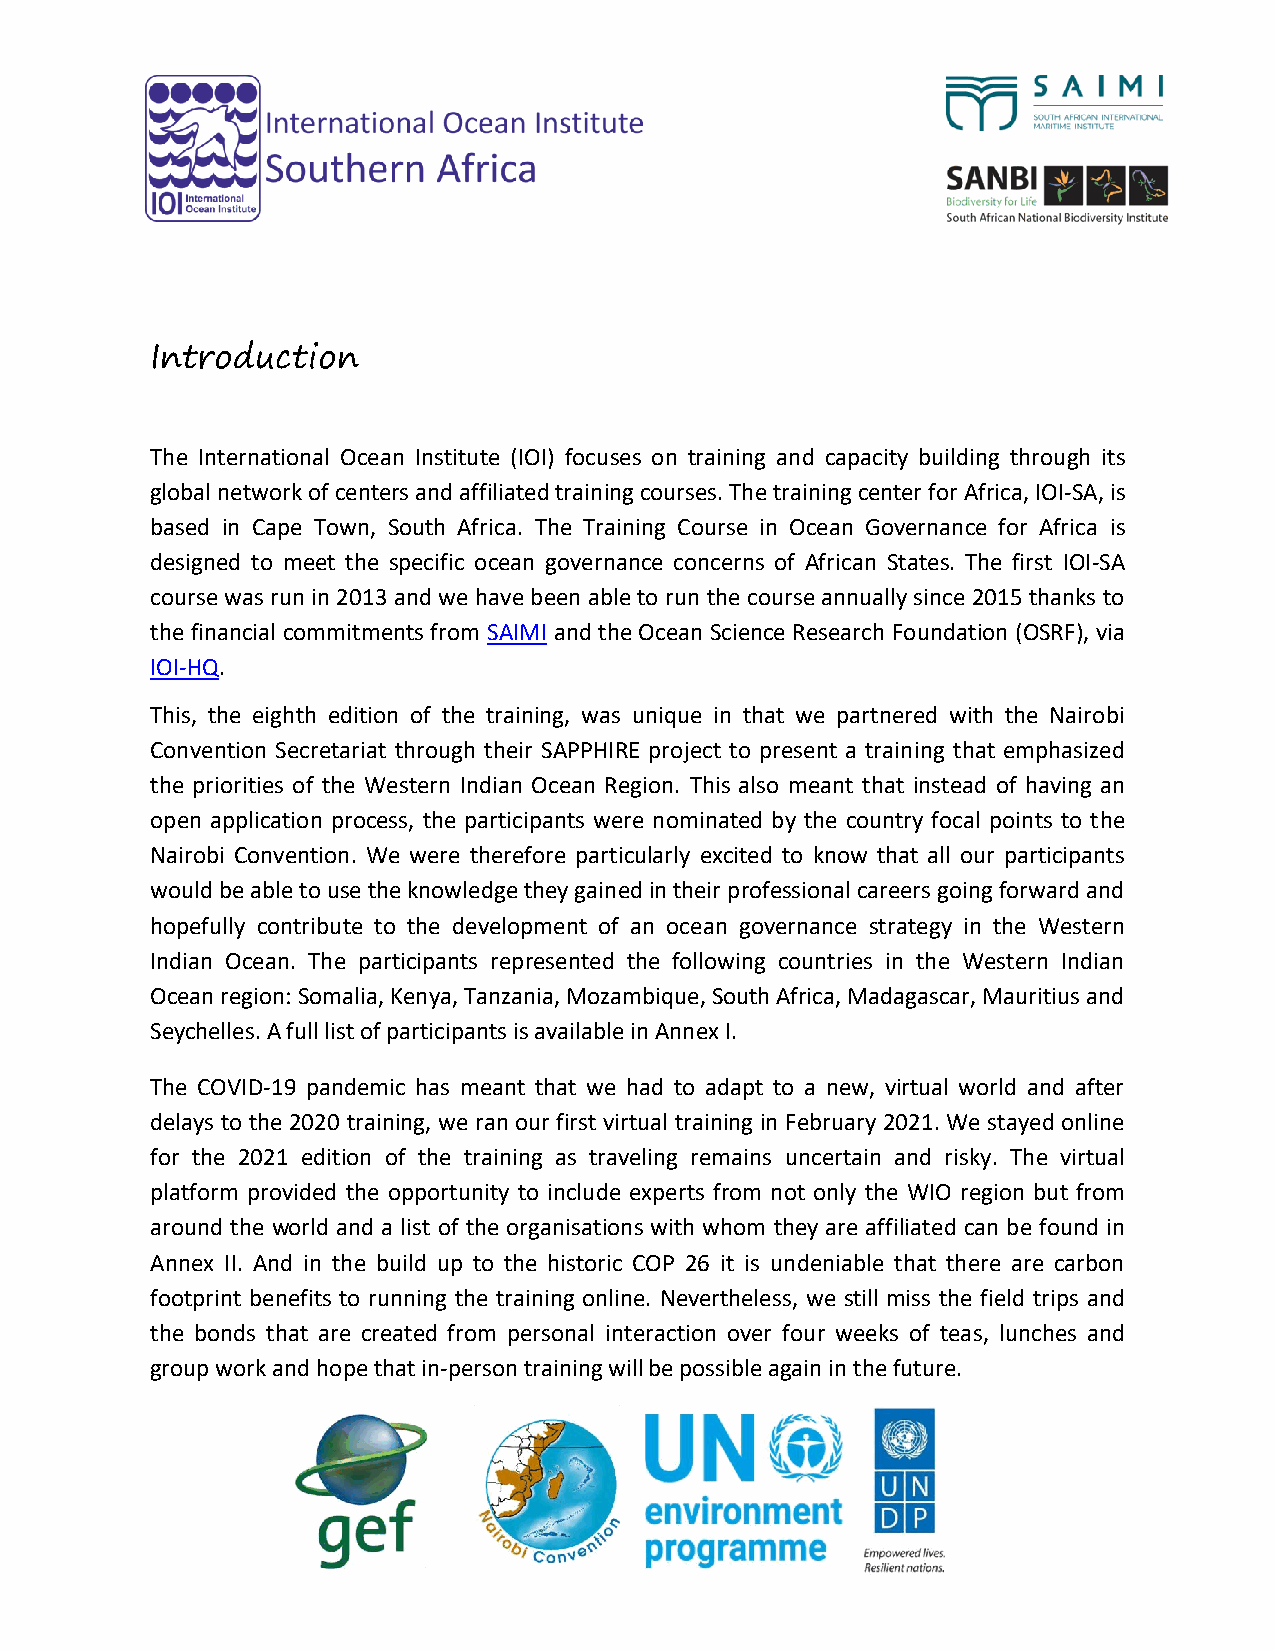
Introduction
 The International Ocean Institute (IOI) focuses on training and capacity building through its
 global network of centers and affiliated training courses. The training center for Africa, IOI-SA, is
 based in Cape Town, South Africa. The Training Course in Ocean Governance for Africa is
 designed to meet the specific ocean governance concerns of African States. The first IOI-SA
 course was run in 2013 and we have been able to run the course annually since 2015 thanks to
 the financial commitments from SAIMI and the Ocean Science Research Foundation (OSRF), via
 IOI-HQ.
 This, the eighth edition of the training, was unique in that we partnered with the Nairobi
 Convention Secretariat through their SAPPHIRE project to present a training that emphasized
 the priorities of the Western Indian Ocean Region. This also meant that instead of having an
 open application process, the participants were nominated by the country focal points to the
 Nairobi Convention. We were therefore particularly excited to know that all our participants
 would be able to use the knowledge they gained in their professional careers going forward and
 hopefully contribute to the development of an ocean governance strategy in the Western
 Indian Ocean. The participants represented the following countries in the Western Indian
 Ocean region: Somalia, Kenya, Tanzania, Mozambique, South Africa, Madagascar, Mauritius and
 Seychelles. A full list of participants is available in Annex I.
 The COVID-19 pandemic has meant that we had to adapt to a new, virtual world and after
 delays to the 2020 training, we ran our first virtual training in February 2021. We stayed online
 for the 2021 edition of the training as traveling remains uncertain and risky. The virtual
 platform provided the opportunity to include experts from not only the WIO region but from
 around the world and a list of the organisations with whom they are affiliated can be found in
 Annex II. And in the build up to the historic COP 26 it is undeniable that there are carbon
 footprint benefits to running the training online. Nevertheless, we still miss the field trips and
 the bonds that are created from personal interaction over four weeks of teas, lunches and
 group work and hope that in-person training will be possible again in the future.